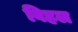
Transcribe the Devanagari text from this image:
विहल